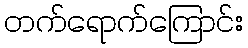
တက်ရောက်ကြောင်း